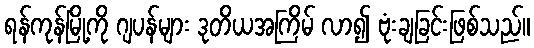
ရန်ကုန်မြို့ကို ဂျပန်များ ဒုတိယအကြိမ် လာ၍ ဗုံးချခြင်းဖြစ်သည်။